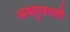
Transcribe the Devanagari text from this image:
अब्दुलाली